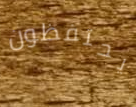
يحتفظون